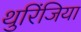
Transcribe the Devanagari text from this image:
थुरिंजिया